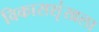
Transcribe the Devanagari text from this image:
विकासशृंखला